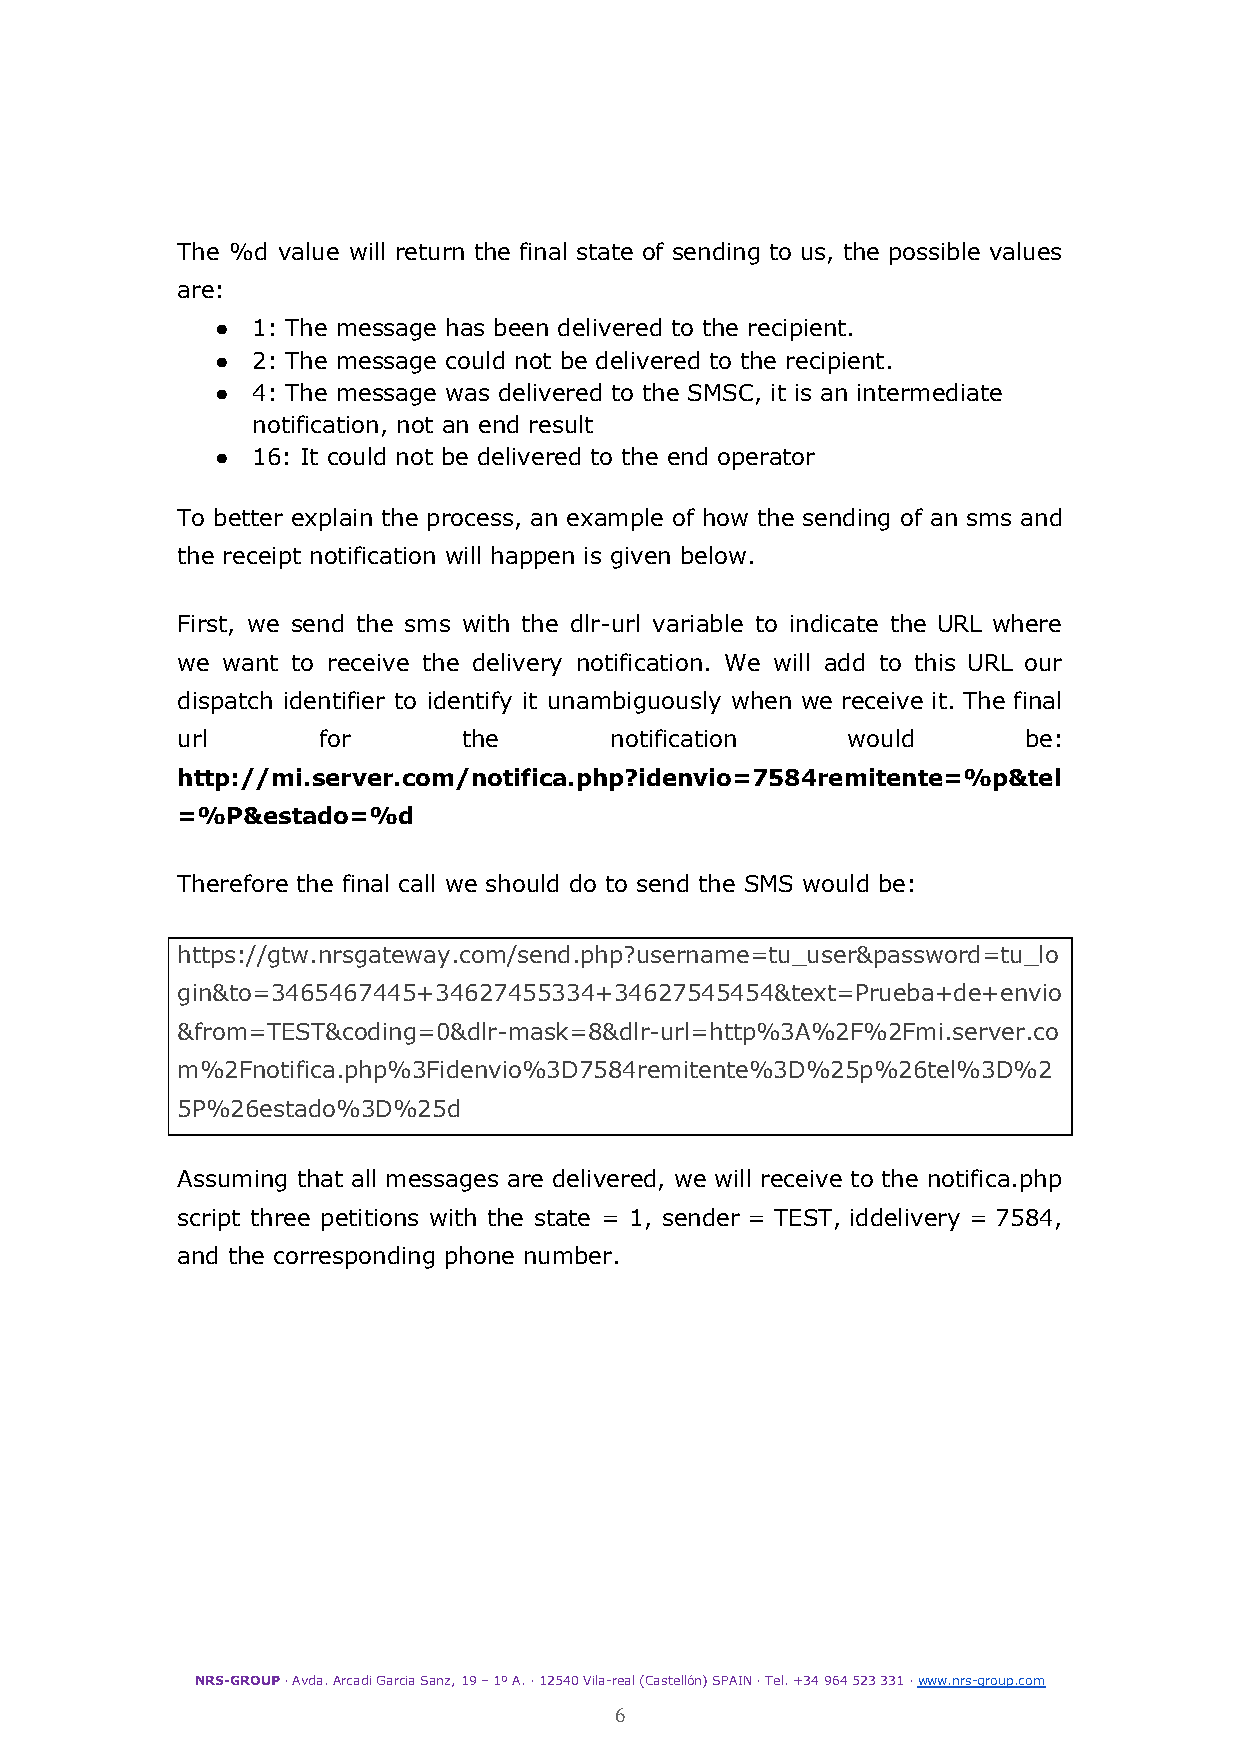
The %d value will return the final state of sending to us, the possible values
 are:
 ●  1: The message has been delivered to the recipient.
 ●  2: The message could not be delivered to the recipient.
 ●  4: The message was delivered to the SMSC, it is an intermediate
 notification, not an end result
 ●  16: It could not be delivered to the end operator
 To better explain the process, an example of how the sending of an sms and
 the receipt notification will happen is given below.
 First, we send the sms with the dlr-url variable to indicate the URL where
 we want to receive the delivery notification. We will add to this URL our
 dispatch identifier to identify it unambiguously when we receive it. The final
 url      for       the      notification    would       be:
 http://mi.server.com/notifica.php?idenvio=7584remitente=%p&tel
 =%P&estado=%d
 Therefore the final call we should do to send the SMS would be:
 https://gtw.nrsgateway.com/send.php?username=tu_user&password=tu_lo
 gin&to=3465467445+34627455334+34627545454&text=Prueba+de+envio
 &from=TEST&coding=0&dlr-mask=8&dlr-url=http%3A%2F%2Fmi.server.co
 m%2Fnotifica.php%3Fidenvio%3D7584remitente%3D%25p%26tel%3D%2
 5P%26estado%3D%25d
 Assuming that all messages are delivered, we will receive to the notifica.php
 script three petitions with the state = 1, sender = TEST, iddelivery = 7584,
 and the corresponding phone number.
 NRS-GROUP· Avda. Arcadi Garcia Sanz, 19 – 1º A. ·12540 Vila-real (Castellón) SPAIN · Tel. +34 964523 331 ·www.nrs-group.com
 6